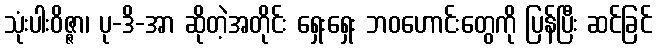
သုံးပါးဝိဇ္ဇာ၊ ပု-ဒိ-အာ ဆိုတဲ့အတိုင်း ရှေးရှေး ဘဝဟောင်းတွေကို ပြန်ပြီး ဆင်ခြင်